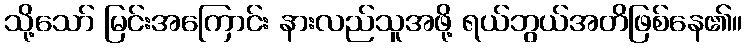
သို့သော် မြင်းအကြောင်း နားလည်သူအဖို့ ရယ်ဘွယ်အတိဖြစ်နေ၏။